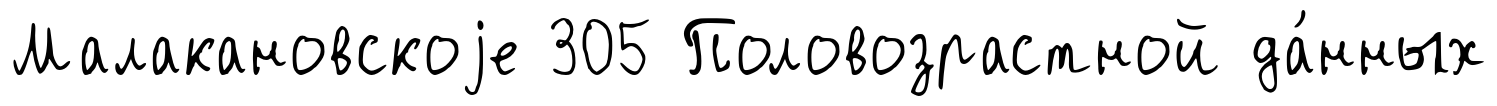
Малакановскоjе 305 Половозрастной да́нных